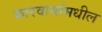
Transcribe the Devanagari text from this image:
कारवायांमधील